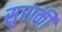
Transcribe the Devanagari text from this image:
सुराकी